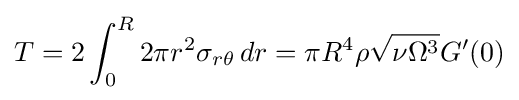
T=2\int _{0}^{R}2\pi r^{2}\sigma _{r\theta }\,dr=\pi R^{4}\rho {\sqrt {\nu \Omega ^{3}}}G'(0)